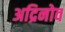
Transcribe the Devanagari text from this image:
अद्रिनोव